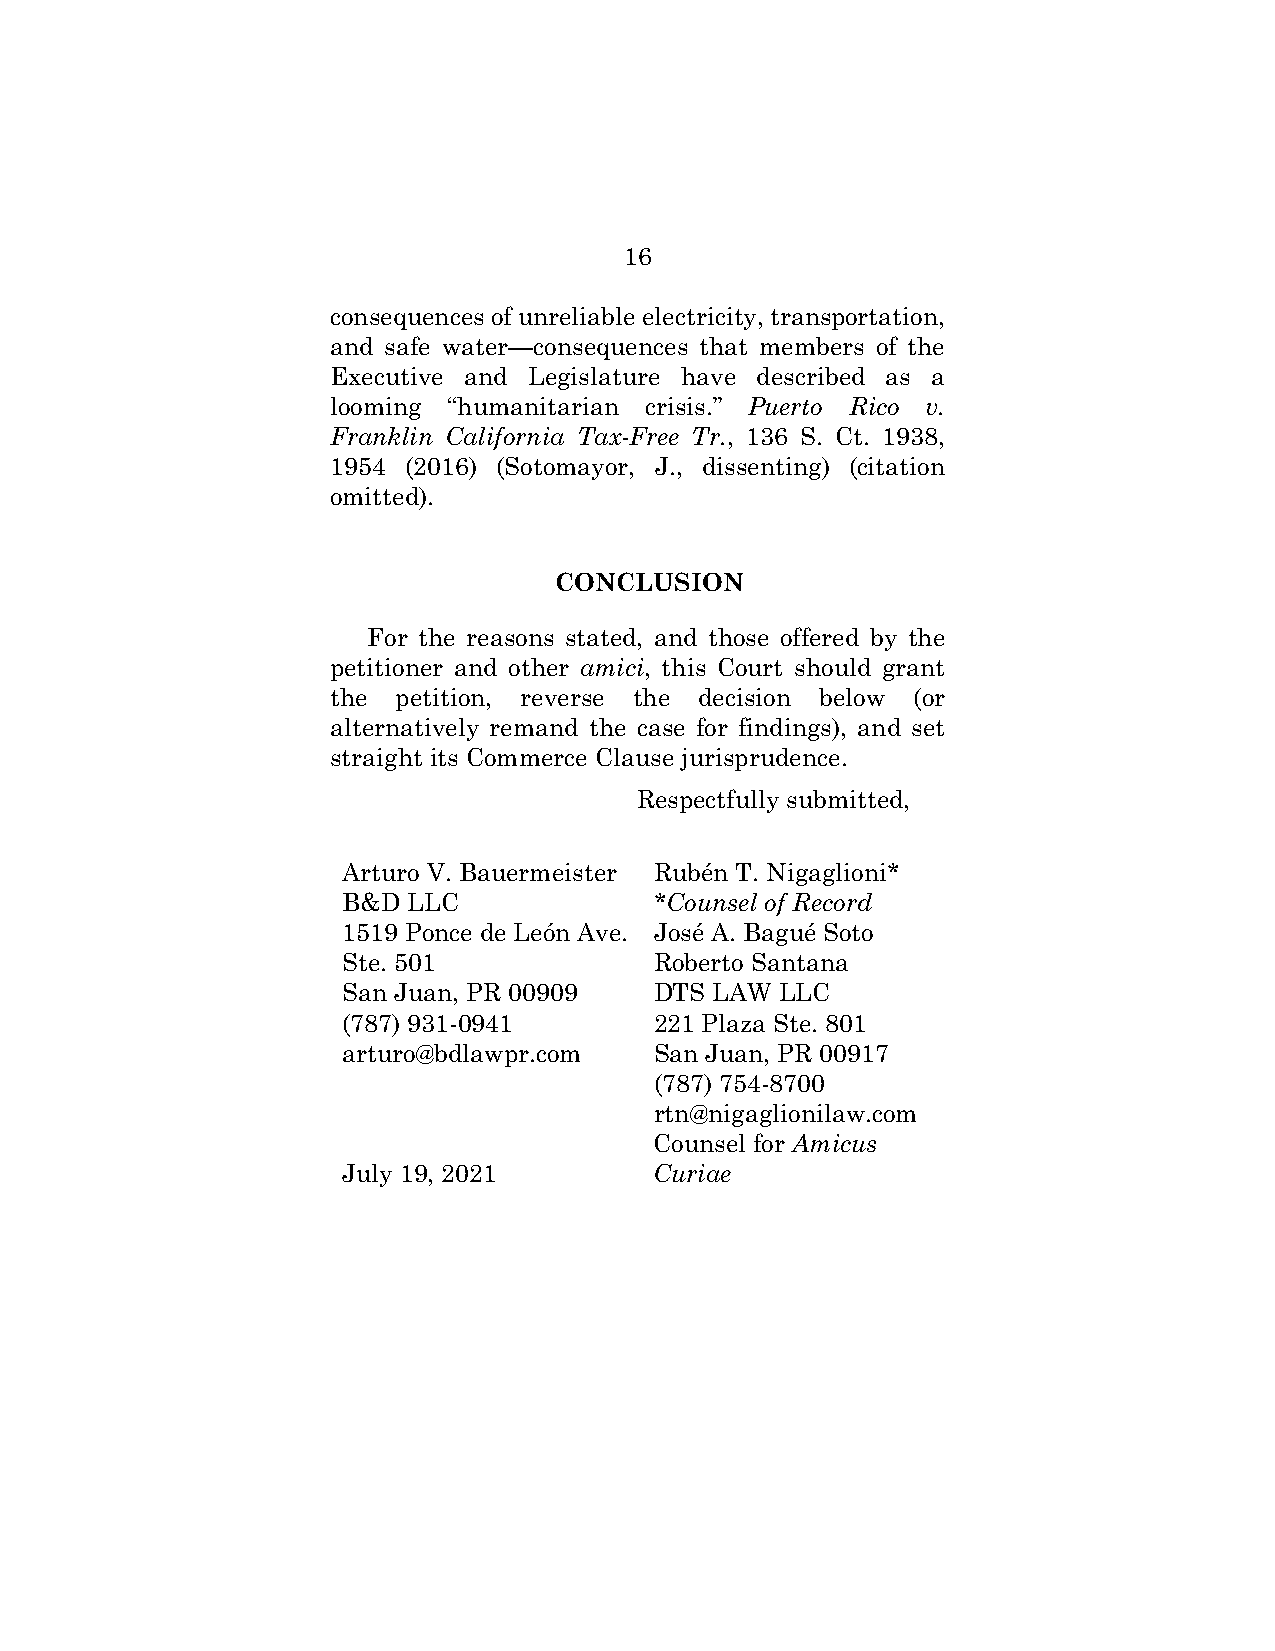
16
 consequences of unreliable electricity, transportation,
 and safe water—consequences that members of the
 Executive and Legislature have described as a
 looming “humanitarian crisis.” Puerto Rico v.
 Franklin California Tax-Free Tr., 136 S. Ct. 1938,
 1954 (2016) (Sotomayor, J., dissenting) (citation
 omitted).
 CONCLUSION
 For the reasons stated, and those offered by the
 petitioner and other amici, this Court should grant
 the petition, reverse the decision below (or
 alternatively remand the case for findings), and set
 straight its Commerce Clause jurisprudence.
 Respectfully submitted,
 Arturo V. Bauermeister Rubén T. Nigaglioni*
 B&D LLC             *Counsel of Record
 1519 Ponce de León Ave. José A. Bagué Soto
 Ste. 501            Roberto Santana
 San Juan, PR 00909  DTS LAW  LLC
 (787) 931-0941      221 Plaza Ste. 801
 arturo@bdlawpr.com  San Juan, PR 00917
 (787) 754-8700
 r t n @nigaglionilaw.com
 Counsel for Amicus
 July 19, 2021       Curiae